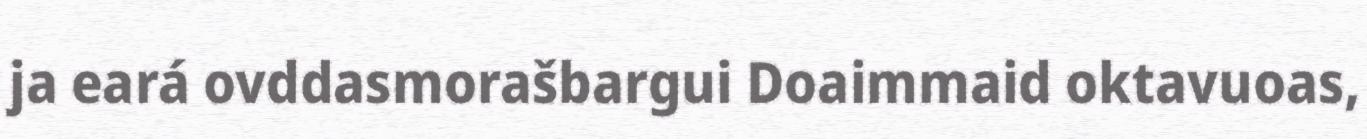
ja eará ovddasmorašbargui Doaimmaid oktavuoas,